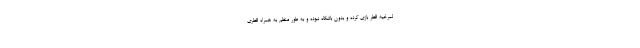
لمرخیه قطر بازی کرده و بدون باشگاه نبوده و به طور منظم به همراه قطری